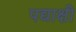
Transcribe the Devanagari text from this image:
पद्याक्षी